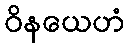
ဝိနယေဟံ